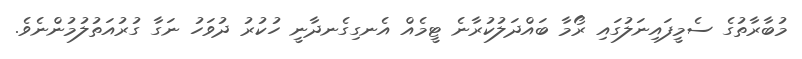
މުބާރާތުގެ ސެމީފައިނަލުގައި ރޯމާ ބައްދަލުކުރާނެ ޓީމެއް އެނގިގެނދާނީ ހުކުރު ދުވަހު ނަގާ ގުރުއަތުލުމުންނެވެ.